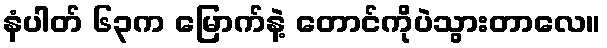
နံပါတ် ၆၃က မြောက်နဲ့ တောင်ကိုပဲသွားတာလေ။